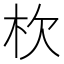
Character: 杴